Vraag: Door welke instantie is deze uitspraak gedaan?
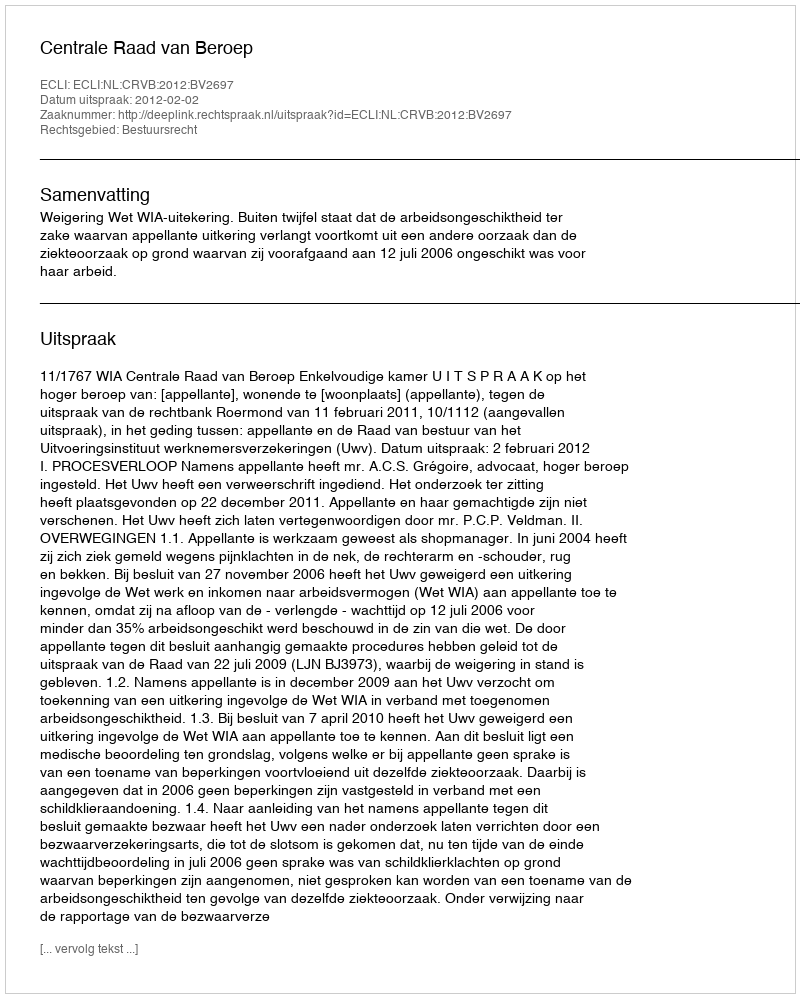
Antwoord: Centrale Raad van Beroep